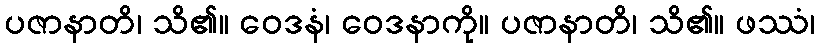
ပဇာနာတိ၊ သိ၏။ ဝေဒနံ၊ ဝေဒနာကို။ ပဇာနာတိ၊ သိ၏။ ဖဿံ၊